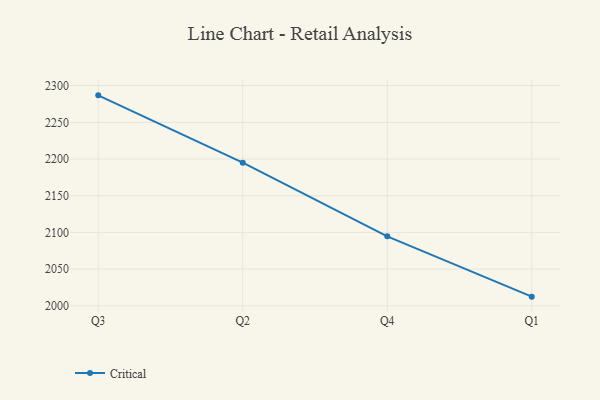
{"axis": {"x": "Quarter", "y": "Operating Costs (USD K)"}, "legend": ["Critical"], "data": [{"x": "Q3", "y": 2286.8, "type": "Critical"}, {"x": "Q2", "y": 2195.1, "type": "Critical"}, {"x": "Q4", "y": 2094.7, "type": "Critical"}, {"x": "Q1", "y": 2012.5, "type": "Critical"}]}